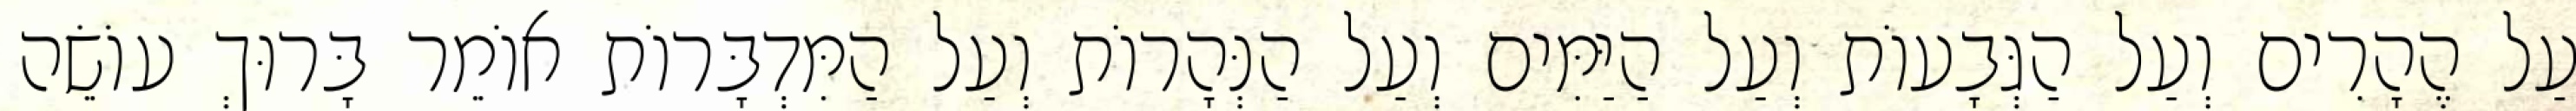
עַל הֶהָרִים וְעַל הַגְּבָעוֹת וְעַל הַיַּמִּים וְעַל הַנְּהָרוֹת וְעַל הַמִּדְבָּרוֹת אוֹמֵר בָּרוּךְ עוֹשֵׂה